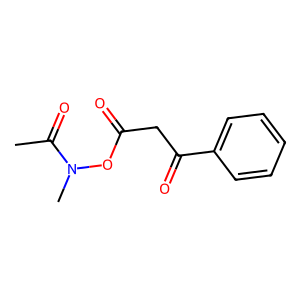
SMILES: CC(=O)N(C)OC(=O)CC(=O)c1ccccc1
Inhibits HIV replication: No